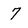
Character: 7